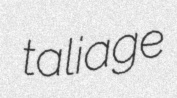
taliage